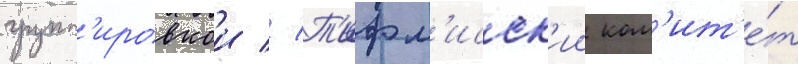
групп'ировкои // Т'ифл'исск'ии ком'ит'е́т